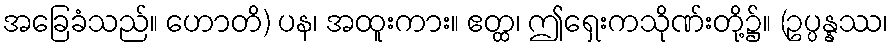
အခြေခံသည်။ ဟောတိ) ပန၊ အထူးကား။ ဧတ္ထ၊ ဤရှေးကသိုဏ်းတို့၌။ (ဥပ္ပန္နဿ၊